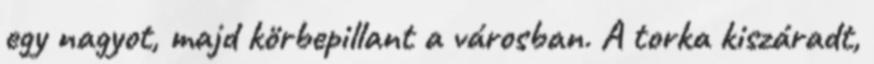
egy nagyot, majd körbepillant a városban. A torka kiszáradt,